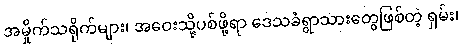
အမှိုက်သရိုက်များ၊ အဝေးသို့ပစ်ဖို့ရာ ဒေသခံရွာသားတွေဖြစ်တဲ့ ရှမ်း၊